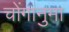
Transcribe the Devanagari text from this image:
चोंगानुमा